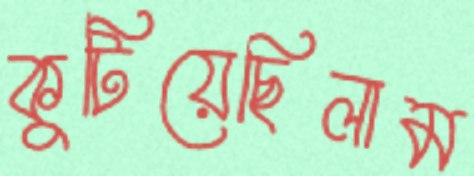
কুটিয়েছিলাম